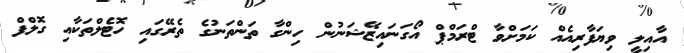
އާއިލީ ވިޔަފާރިއެއް ކަމަށްވާ ޓްރަމްޕް އޯގަނައިޒޭޝަނުން ހިންގާ ތަންތަނުގެ ތެރޭގައި ހޮޓެލްތަކާއި ގޮލްފް